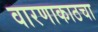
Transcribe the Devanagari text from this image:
वारणाकाठचा